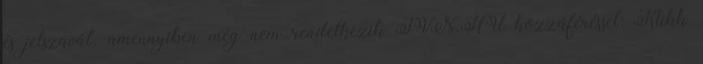
és jelszavát. amennyiben még nem rendelkezik TVN.HU hozzáféréssel: Klikk